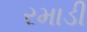
રમાડી